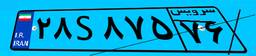
۲۸S۸۷۵۷۶